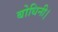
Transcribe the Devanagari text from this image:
बोधिनी।